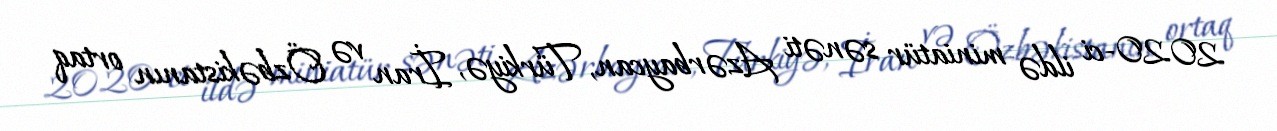
2020-ci ildə miniatür sənəti Azərbaycan, Türkiyə, İran və Özbəkistanın ortaq